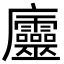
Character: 𢌔